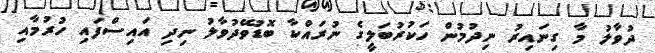
ދުވާލު މާ ގިނައިރު ނިދުމުން ހަކުރުބަލީގެ ނުރައްކާ ބޮޑުވޭދުވާލު ނިދި އައިސްފައި ހުރުމާއި